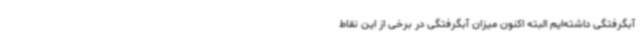
آبگرفتگی داشته‌ایم البته اکنون میزان آبگرفتگی در برخی از این نقاط